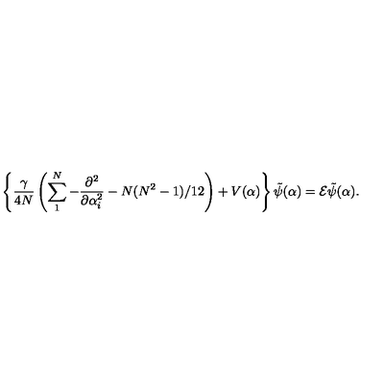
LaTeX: \left\{ \frac { \gamma } { 4 N } \left( \sum _ { 1 } ^ { N } - \frac { \partial ^ { 2 } } { \partial \alpha _ { i } ^ { 2 } } - N ( N ^ { 2 } - 1 ) / 1 2 \right) + V ( \alpha ) \right\} \tilde { \psi } ( \alpha ) = { \cal E } \tilde { \psi } ( \alpha ) .